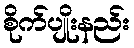
စိုက်ပျိုးနည်း